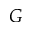
{ \cal G }